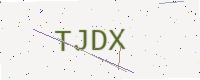
Text: TJDX